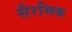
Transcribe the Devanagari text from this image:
सैरमिक